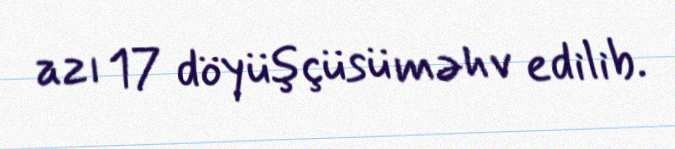
azı 17 döyüşçüsü məhv edilib.